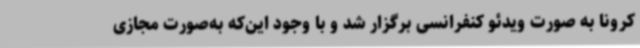
کرونا به صورت ویدئو کنفرانسی برگزار شد و با وجود این‌که به‌صورت مجازی